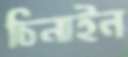
চিনাইল